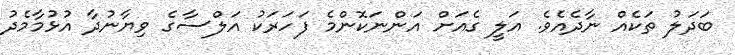
ބަދަލު ތަކެއް ނާދެއެވެ. އަލީ ގެއަށް އަންނަކޮންމެ ފަހަރަކު އަލްސާގެ ވިޔާނުދާ އުޅުމާމެދު